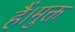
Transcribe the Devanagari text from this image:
हैं।मुक्त